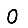
Digit: 0